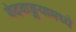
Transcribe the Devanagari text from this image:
वेदवाङ्मयामध्ये